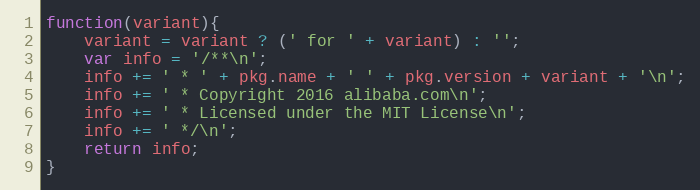
Language: JavaScript
function(variant){
    variant = variant ? (' for ' + variant) : '';
    var info = '/**\n';
    info += ' * ' + pkg.name + ' ' + pkg.version + variant + '\n';
    info += ' * Copyright 2016 alibaba.com\n';
    info += ' * Licensed under the MIT License\n';
    info += ' */\n';
    return info;
}